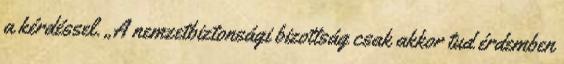
a kérdéssel. „A nemzetbiztonsági bizottság csak akkor tud érdemben